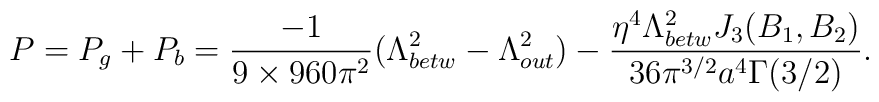
P=P_{g}+P_{b}=\frac{-1}{9\times 960\pi^{2}} (\Lambda_{betw}^{2}-\Lambda_{out}^{2})-\frac{\eta^{4}\Lambda_{betw}^{2}J_3(B_1,B_2)}{36\pi ^{3/2}a^{4}\Gamma (3/2)}.